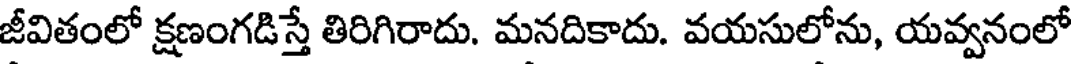
జీవితంలో క్షణంగడిస్తే తిరిగిరాదు. మనదికాదు. వయసులోను, యవ్వనంలో